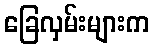
ခြေလှမ်းများက